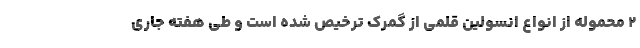
۲ محموله از انواع انسولین قلمی از گمرک ترخیص شده است و طی هفته جاری